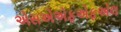
એસએએફએફએલ